Report on vaccination North-West Frontier Province 1904-1922 - 1904-1922
Year: 1904
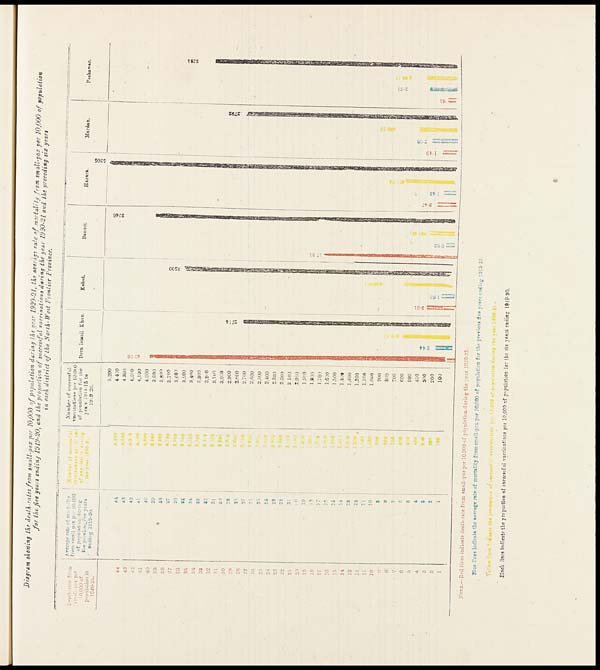
Diagram showing the death-rates from small-pox per 10,000 of population during the year 1920-21, the average rate of mortality from small-pox per 10,000 of population
for the five years ending 1919-20, and the proportion of successful vaccinations during the year 1920-21 and the preceding six years
in each district of the North- West Frontier Province.